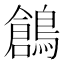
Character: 鶬